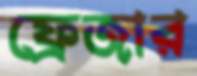
ফ্রেজার